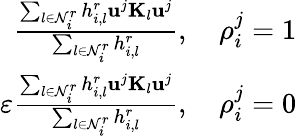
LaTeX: \begin{array}{r}{\frac{\sum_{l\in\mathcal{N}_{i}^{r}}h_{i,l}^{r}\mathbf{u}^{j}\mathbf{K}_{l}\mathbf{u}^{j}}{\sum_{l\in\mathcal{N}_{i}^{r}}h_{i,l}^{r}},\quad\rho_{i}^{j}=1}\\ {\varepsilon\frac{\sum_{l\in\mathcal{N}_{i}^{r}}h_{i,l}^{r}\mathbf{u}^{j}\mathbf{K}_{l}\mathbf{u}^{j}}{\sum_{l\in\mathcal{N}_{i}^{r}}h_{i,l}^{r}},\quad\rho_{i}^{j}=0}\end{array}